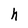
Character: h